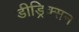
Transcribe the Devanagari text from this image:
डीड्रिक्सन